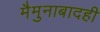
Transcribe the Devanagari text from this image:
मैमुनाबादही